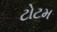
ટોટમ